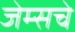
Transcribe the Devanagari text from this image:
जेम्सचे